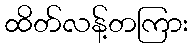
ထိတ်လန့်တကြား